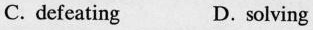
C. defeating D. solving